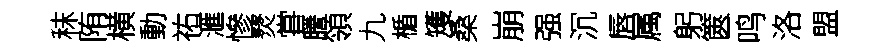
秣陏横動祐滙慘燹甞謄領九楯矱桑崩强沉唇属躬篋鸣洛盟